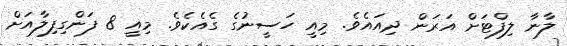
ލާނާ ލިފްޓަށް އަރަން ދިއައެވެ. މިއީ ހަސީނުގެ ގެއެކެވެ. މިއީ 8 ފަންގިފިލާއަށް